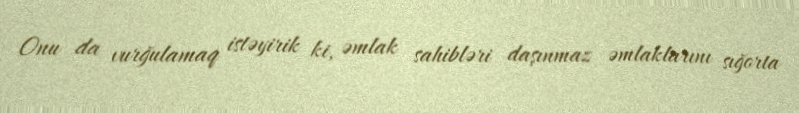
Onu da vurğulamaq istəyirik ki, əmlak sahibləri daşınmaz əmlaklarını sığorta